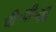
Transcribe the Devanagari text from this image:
पी॰पी॰पी॰